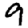
Digit: 9